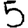
Digit: 5